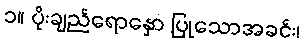
၁။ ပိုးချည်ရောနှော ပြုသောအခင်း၊